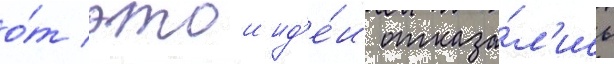
о́т этои ид'е́и отказа́л'ись